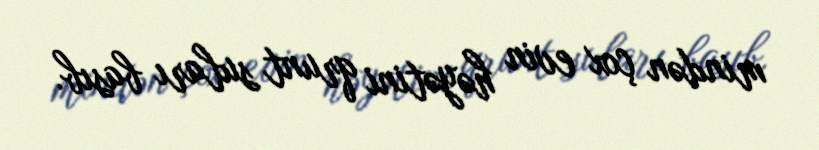
mindən çox evin həyətini qrunt suları basıb.